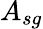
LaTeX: A_{sg}